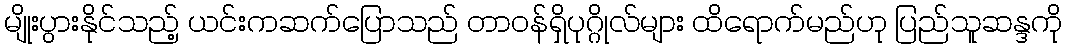
မျိုးပွားနိုင်သည့် ယင်းကဆက်ပြောသည် တာ၀န်ရှိပုဂ္ဂိုလ်များ ထိရောက်မည်ဟု ပြည်သူဆန္ဒကို